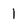
Character: 1